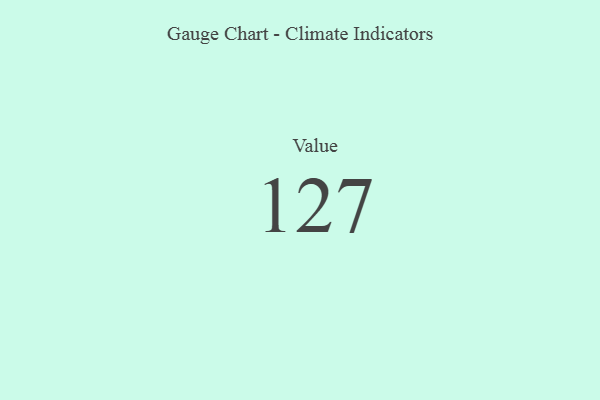
{"axis": {"x": "Metric", "y": "Value"}, "legend": [""], "data": [{"x": "Value", "y": 127, "type": ""}]}